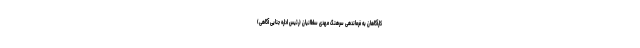
کارآگاهان به فرماندهی سرهنگ مهدی سلطانیان (رئیس اداره جنایی آگاهی)